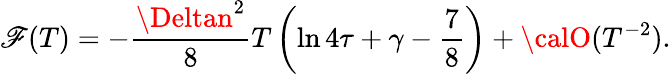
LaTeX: \mathscr{F}(T)=-\frac{{\Deltan^{2}}}{{8}}T\left(\ln4\tau+\gamma-\frac{{7}}{{8}}\right)+{\calO}(T^{-2}).